Vaccination United Provinces of Agra and Oudh 1923-1928 - 1923-1928
Year: 1923
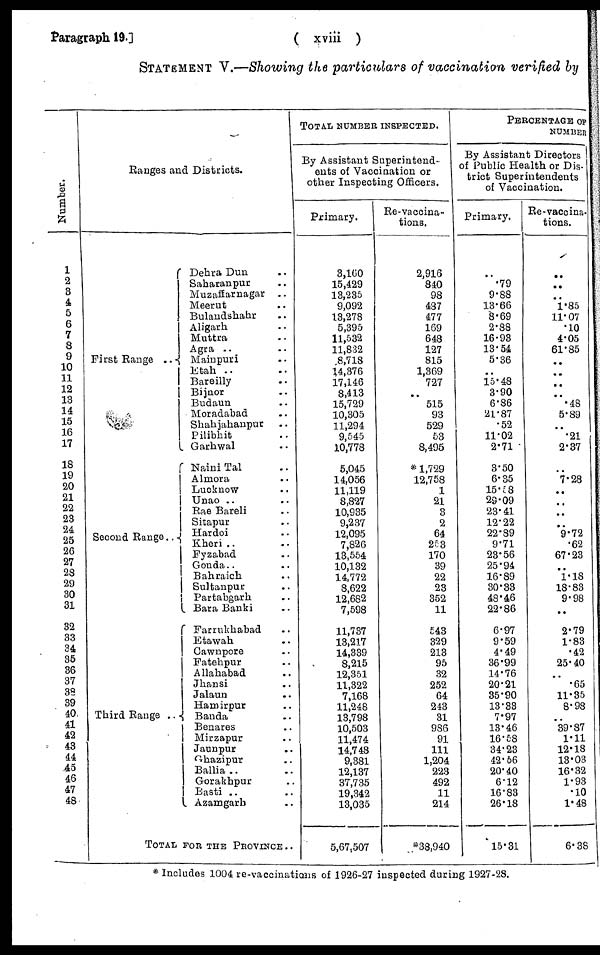
Paragraph 19.]
( xviii )
STATEMENT V.—Showing the particulars of vaccination verified by
Number.
1
2
3
4
5
6
7
8
9
10
11
12
13
14
15
16
17
18
19
20
21
22
23
24
25
26
27
28
29
30
31
32
33
34
35
36
37
38
39
40
41
42
43
44
45
46
47
48
Ranges and Districts.
First Range ..
Second Range ..
Third Range ..
Dehra Dun ..
Saharanpur ..
Muzaffarnagar
..
Meerut ..
Bulandshahr ..
Aligarh ..
Muttra ..
Agra ..
Mainpuri ..
Etah ..
Bareilly ..
Bijnor ..
Budaun ..
Moradabad ..
Shahjahanpur ..
Pilibhit ..
Garhwal ..
Naini Tal ..
Almora ..
Lucknow ..
Unao ..
Rae Bareli ..
Sitapur ..
Hardoi ..
Kheri ..
Fyzabad ..
Gonda ..
Bahraich ..
Sultanpur ..
Partabgarh ..
Bara Banki ..
Farrukhabad ..
Etawah ..
Cawnpore ..
Fatehpur ..
Allahabad ..
Jhansi ..
Jalaun ..
Hamirpur ..
Banda ..
Benares ..
Mirzapur ..
Jaunpur ..
Ghazipur ..
Ballia ..
Gorakhpur ..
Basti ..
Azamgarh ..
TOTAL FOR THE PROVINCE ..
TOTAL NUMBER INSPECTED.
By Assistant Superintend-
ents of Vaccination or
other Inspecting Officers.
Primary.
3,160
15,429
13,235
9,092
13,278
5,395
11,532
11,832
8,718
14,376
17,146
8,413
15,729
10,305
11,294
9,545
10,778
5,045
14,056
11,119
8,827
10,935
9,237
12,095
7,826
13,554
10,132
14,772
8,622
12,682
7,598
11,737
13,217
14,339
8,215
12,351
11,322
7,168
11,248
13,798
10,503
11,474
14,748
9,381
12,137
37,735
19,342
13,035
5,67,507
Re-vaccina-
tions.
2,916
840
98
487
477
169
648
127
815
1,369
727
..
515
93
529
53
8,495
* 1,729
12,758
1
21
3
2
64
253
170
39
22
23
352
11
543
329
213
95
32
252
64
243
31
986
91
111
1,204
223
492
11
214
*38,940
PERCENTAGE OF
NUMBER
By Assistant Directors
of Public Health or Dis-
trict Superintendents
of Vaccination.
Primary.
..
.79
9.88
13.66
8.69
2.88
16.93
13.54
5.36
..
15.48
3.90
6.86
21.87
.52
11.02
2.71
3.50
6.35
15.58
29.09
23.41
12.22
22.89
9.71
23.56
25.94
16.89
30.33
48.46
22.86
6.97
9.59
4.49
36.99
14.76
20.21
35.90
13.33
7.97
13.46
16.58
34.23
42.56
20.40
6.12
16.83
26.18
15.31
Re-vaccina-
tions.
..
..
..
1.85
11.07
.10
4.05
61.85
..
..
..
..
.48
5.89
..
.21
2.37
..
7.28
..
..
..
..
9.72
.62
67.23
..
1.18
18.83
9.98
..
2.79
1.83
.42
25.40
..
.65
11.35
8.98
..
39.87
1.11
12.18
13.03
16.32
1.93
.10
1.48
6.38
* Includes 1004 re-vaccinations of 1926-27 inspected during 1927-28.